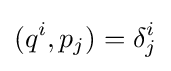
(q^{i},p_{j})=\delta _{j}^{i}